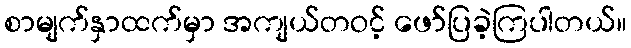
စာမျက်နှာထက်မှာ အကျယ်တဝင့် ဖော်ပြခဲ့ကြပါတယ်။